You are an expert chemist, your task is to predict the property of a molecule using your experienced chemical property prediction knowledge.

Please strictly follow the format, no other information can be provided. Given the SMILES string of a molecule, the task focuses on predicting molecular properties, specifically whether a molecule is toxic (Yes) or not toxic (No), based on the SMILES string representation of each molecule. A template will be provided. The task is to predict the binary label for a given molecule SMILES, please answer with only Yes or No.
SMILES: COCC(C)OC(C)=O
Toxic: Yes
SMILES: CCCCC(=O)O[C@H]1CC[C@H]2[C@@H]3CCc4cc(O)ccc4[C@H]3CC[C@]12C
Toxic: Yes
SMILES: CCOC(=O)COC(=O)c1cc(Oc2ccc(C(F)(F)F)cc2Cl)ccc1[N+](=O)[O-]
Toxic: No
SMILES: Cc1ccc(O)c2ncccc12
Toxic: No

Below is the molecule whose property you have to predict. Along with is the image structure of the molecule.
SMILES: CC(=O)N(CC(O)CO)c1c(I)c(C(=O)NCC(O)CO)c(I)c(C(=O)NCC(O)CO)c1I
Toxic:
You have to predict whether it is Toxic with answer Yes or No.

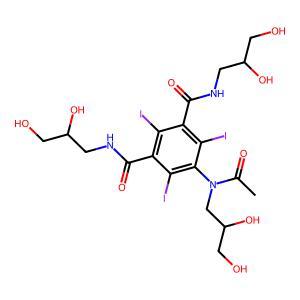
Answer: No